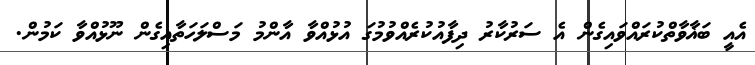
އެއީ ބަޣާވާތްކުރައްވައިގެން އެ ސަރުކާރު ދިފާއުކުރެއްވުމުގަ އުޅުއްވާ އާންމު މަސްލަހަތާއިގެން ނޫޅުއްވާ ކަމުން.